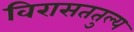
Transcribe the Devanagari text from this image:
विरासततुल्य